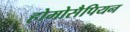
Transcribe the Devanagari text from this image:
होमोसैपियन